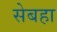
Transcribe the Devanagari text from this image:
सेबहा